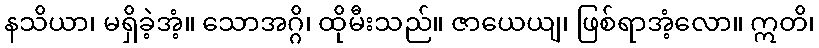
နသိယာ၊ မရှိခဲ့အံ့။ သောအဂ္ဂိ၊ ထိုမီးသည်။ ဇာယေယျ၊ ဖြစ်ရာအံ့လော။ ဣတိ၊